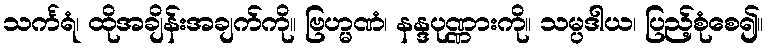
သင်္ကရံ၊ ထိုအချိန်းအချက်ကို။ ဗြဟ္မဏံ၊ နန္ဒပုဏ္ဏားကို။ သမ္ပဒါယ၊ ပြည့်စုံစေ၍။